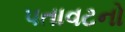
પતાવટનો